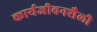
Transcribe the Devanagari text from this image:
कार्यजीवनशैली